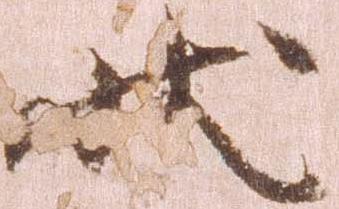
状